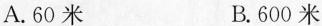
A.60米 B.600米